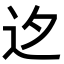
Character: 𨑚